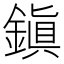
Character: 鎭